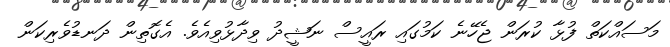
މަސައްކަތް ފުޅާ ކުރަން ޖެހޭނެ ކަމުގައި ރައީސް ނަޝީދު ވިދާޅުވިއެވެ. އެގޮތިން ދަނޑުވެރިކަން